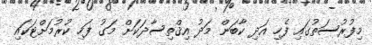
މިފުރުސަތުގައި ފެހި އަދި ކާބަން މަދު އިޤްތިސާދަކަށް މަގު ފަހި ކުރުމަށްޓަކައި